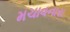
મચાવનારા